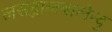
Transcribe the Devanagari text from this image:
लसद्भालबालेन्दु